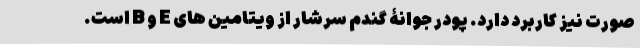
صورت نیز کاربرد دارد. پودر جوانۀ گندم سرشار از ویتامین های E و B است.